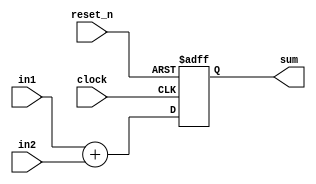
module Adder(
	 input wire clock,
	 input wire reset_n,
    input wire [data1-1:0] in1,
    input wire [data2-1:0] in2,
    output reg [out_bits:0] sum
	 );
	 
	initial
	begin
		sum = 0;
	end
	 
	parameter data1=8;
	parameter data2=8;
	parameter out_bits=data1;
	 
	always @(posedge clock or negedge reset_n)
	begin: add
		if(~reset_n)
			sum = 0;
		else
			sum=in1+in2;
	end

endmodule